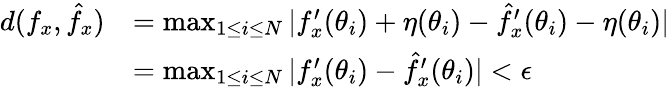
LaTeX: \begin{array}{rl}{d(f_{x},\hat{f}_{x})}&{=\operatorname*{max}_{1\leq i\leq N}|f_{x}^{\prime}(\theta_{i})+\eta(\theta_{i})-\hat{f}_{x}^{\prime}(\theta_{i})-\eta(\theta_{i})|}\\ &{=\operatorname*{max}_{1\leq i\leq N}|f_{x}^{\prime}(\theta_{i})-\hat{f}_{x}^{\prime}(\theta_{i})|<\epsilon}\end{array}